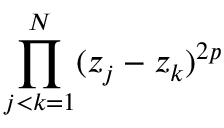
\prod _ { j < k = 1 } ^ { N } ( z _ { j } - z _ { k } ) ^ { 2 p }